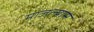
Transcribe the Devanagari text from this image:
माजल्यास